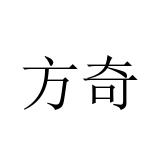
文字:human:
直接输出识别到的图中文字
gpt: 方奇